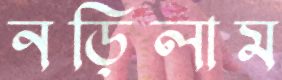
নড়িলাম